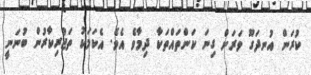
ކުރަން އުނދަގޫ ވަރަށް ގިނަ ކަންތައްތަކާ ދިމާވެ އެވެ. އެކަމަކު ތަޖުރިކާރުން ބުނަނީ